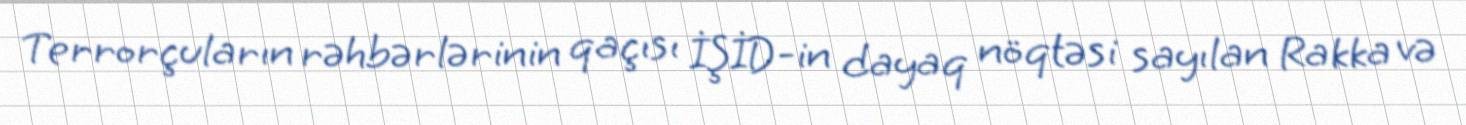
Terrorçuların rəhbərlərinin qaçısı İŞİD-in dayaq nöqtəsi sayılan Rakka və